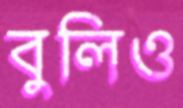
বুলিও